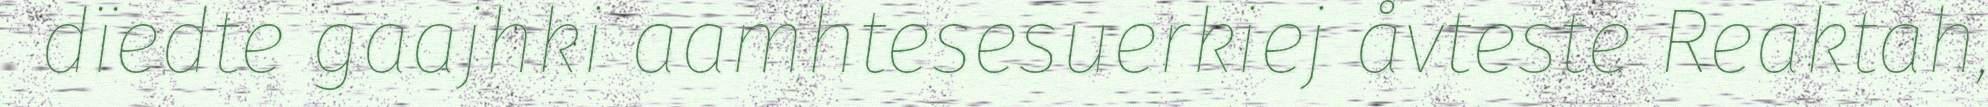
dïedte gaajhki aamhtesesuerkiej åvteste Reaktah,